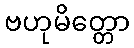
ဗဟုမိတ္တော